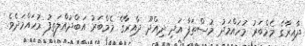
ދާއިރާގެ މެމްބަރު މުހައްމަދު މުސްތަފާ އަދި ދިއްދޫ ދާއިރާގެ މެމްބަރު އަބްދުއްލަތީފު މުހައްމަދެވެ.